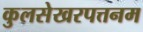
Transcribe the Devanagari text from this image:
कुलसेखरपत्तनम